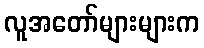
လူအတော်များများက